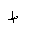
Letter: _da